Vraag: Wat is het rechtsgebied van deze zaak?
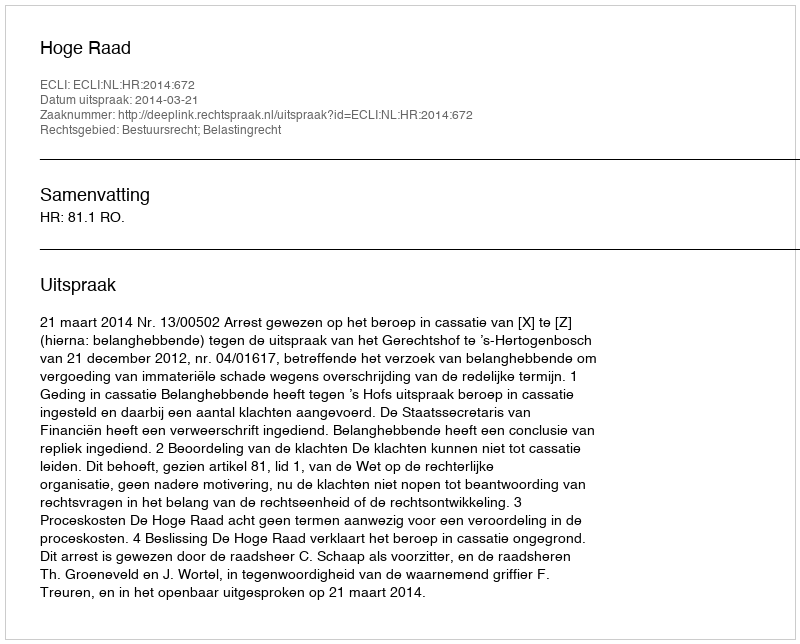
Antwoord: Bestuursrecht; Belastingrecht